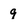
Character: 9